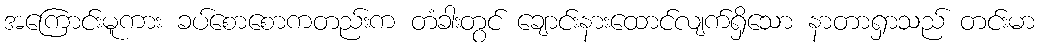
အကြောင်းမူကား ခပ်စောစောကတည်းက တံခါးတွင် ချောင်းနားထောင်လျက်ရှိသော နာတာရှာသည် တင်းမာ